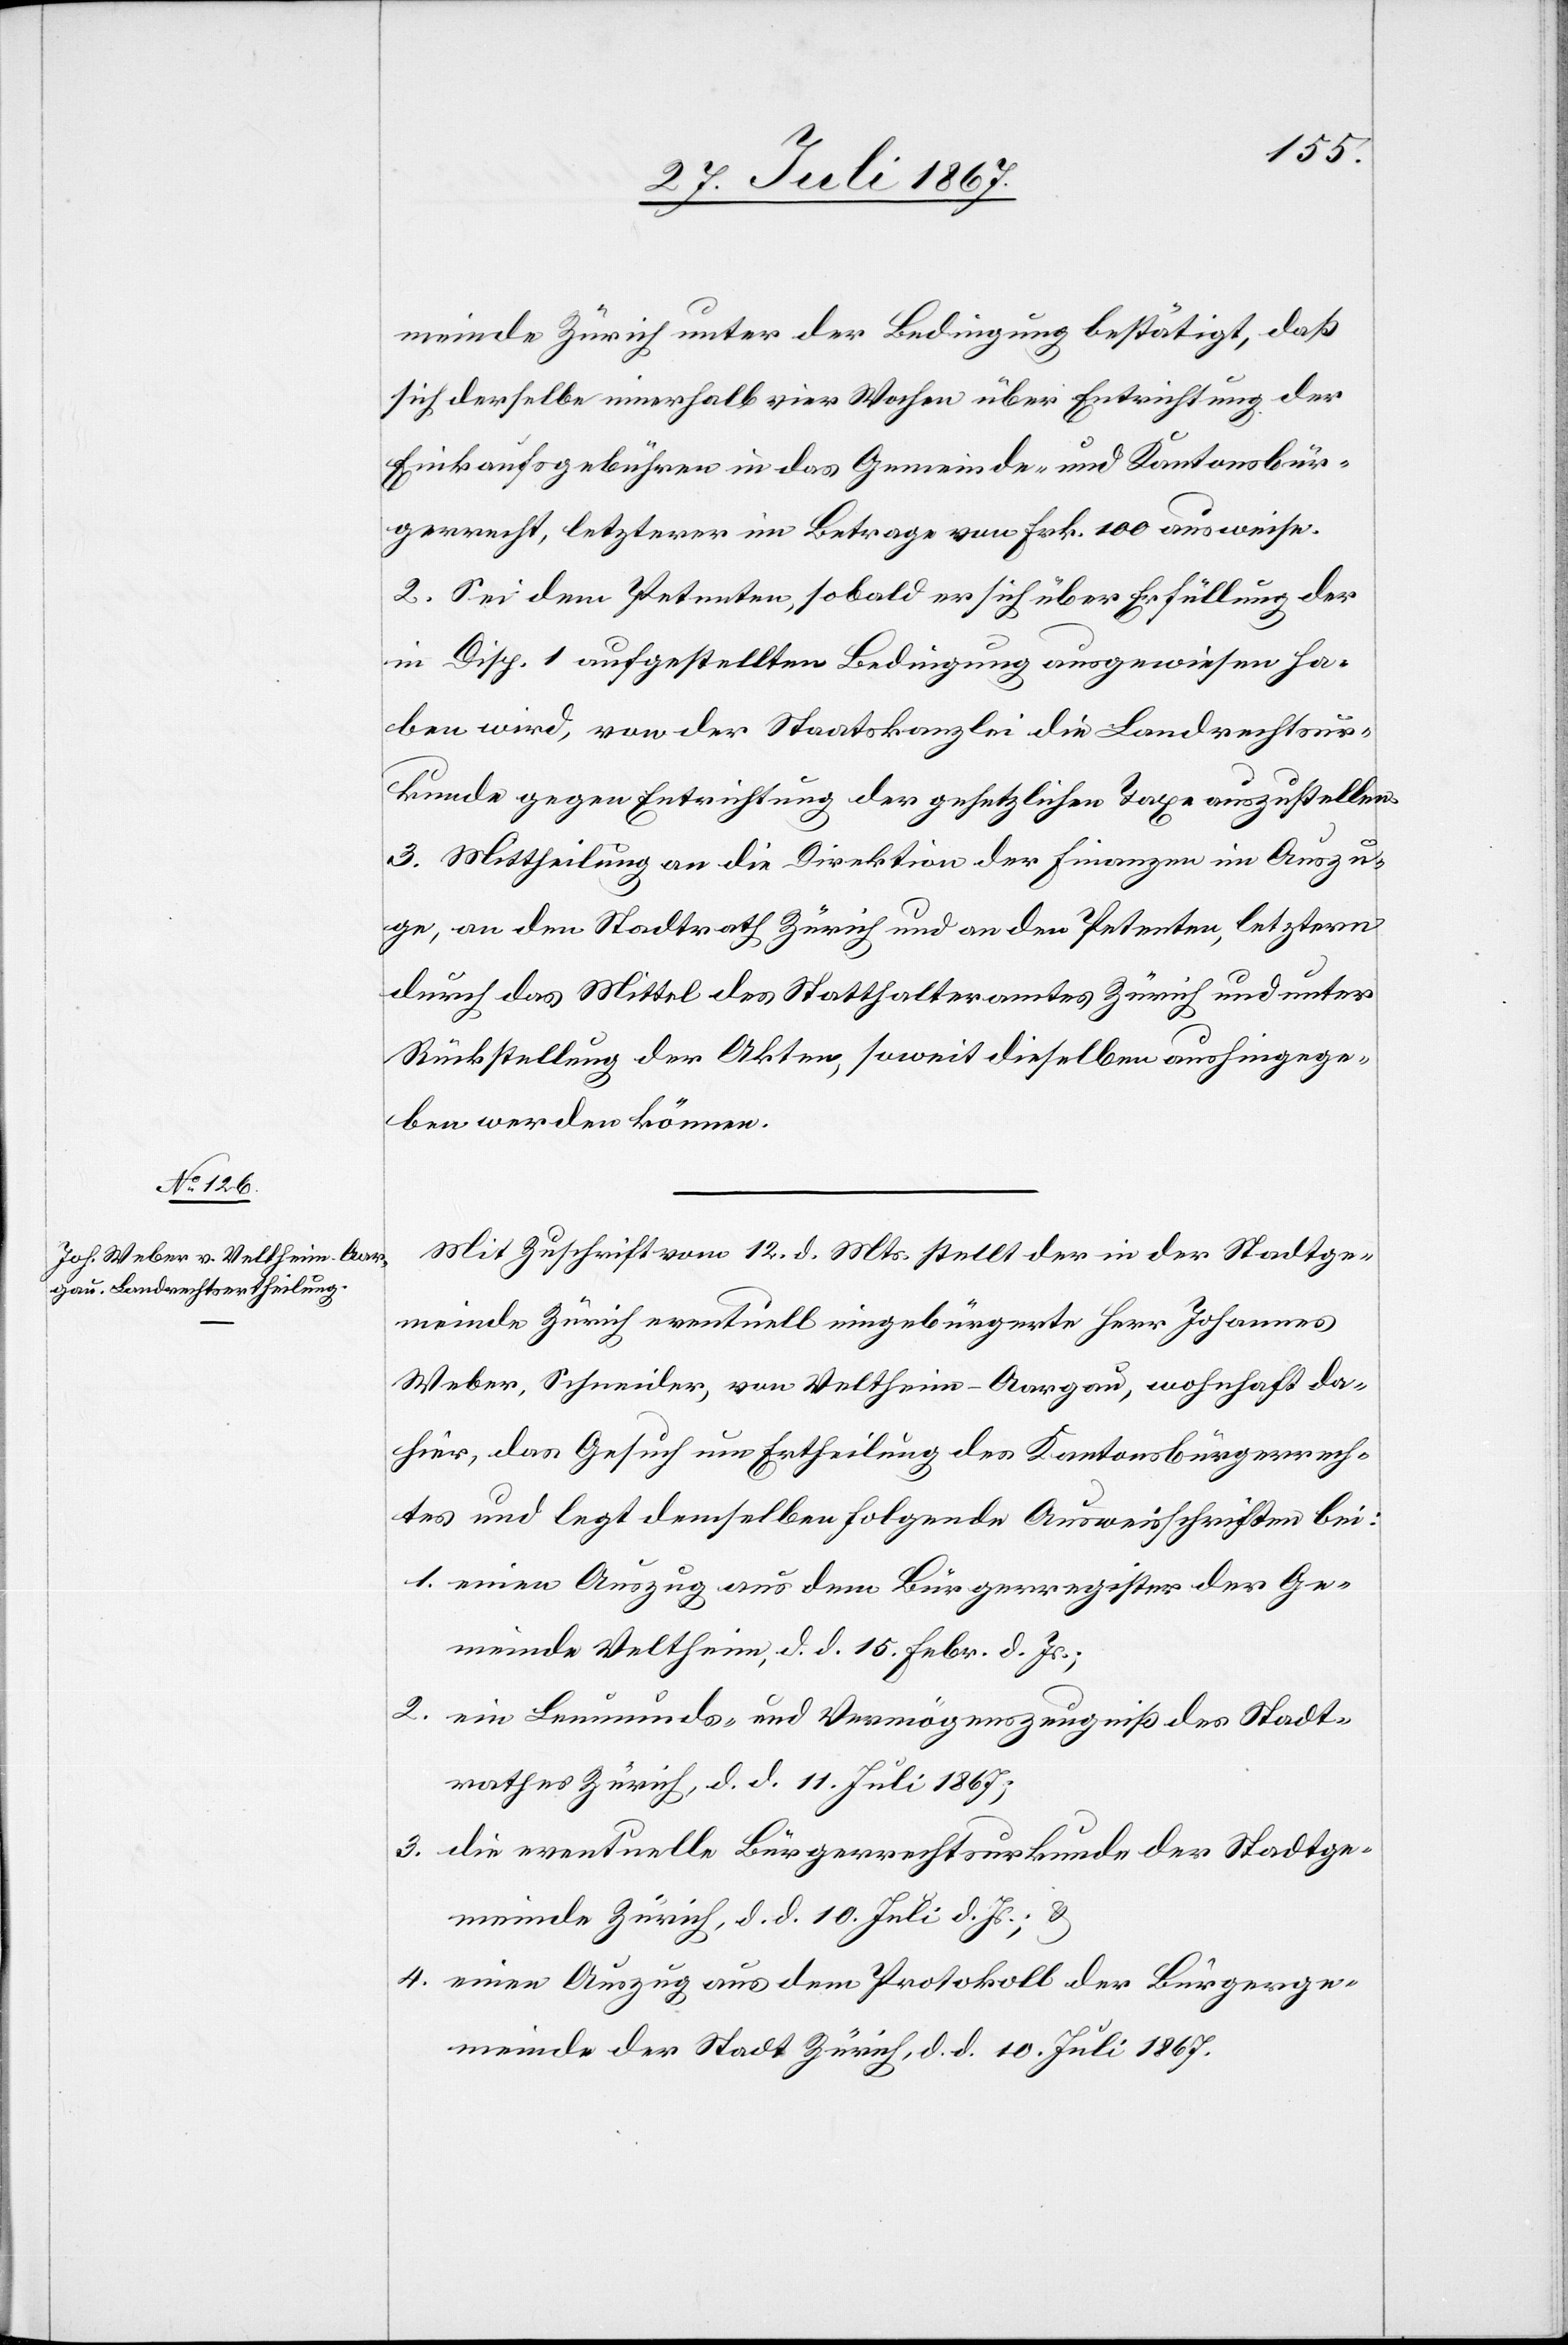
meinde Zürich unter der Bedingung bestätigt, daß
sich derselbe innerhalb vier Wochen über Entrichtung der
Einkaufsgebühren in das Gemeinde und Kantonsbür¬
gerrecht, letztere im Betrage von Frk. 100 ausweise.
2. Sei dem Petenten, sobald er sich über Erfüllung der
in Disp. 1 aufgestellten Bedingung ausgewiesen ha¬
ben wird, von der Staatskanzlei die Landrechtsur¬
kunde gegen Entrichtung der gesetzlichen Taxe auszustellen.
3. Mittheilung an die Direktion der Finanzen im Auszu¬
ge, an den Stadtrath Zürich und an den Petenten, letztern
durch das Mittel des Statthalteramtes Zürich und unter
Rückstellung der Akten, soweit dieselben aushingege¬
ben werden können.
Mit Zuschrift vom 12. d. Mts. stellt der in der Stadtge¬
meinde Zürich eventuell eingebürgerte Herr Johannes
Weber, Schneider, von Veltheim-Aargau, wohnhaft da¬
hier, das Gesuch um Ertheilung des Kantonsbürgerrech¬
tes und legt demselben folgende Ausweisschriften bei:
1. einen Auszug aus dem Bürgerregister der Ge¬
meinde Veltheim, d. d. 15. Febr. d. Js.;
2. ein Leumunds- und Vermögenszeugniß der Stadtge¬
3. die eventuelle Bürgerrechtsurkunde der Stadtge¬
meinde Zürich, d. d. 10. Juli d. Js.; u.
4. einen Auszug aus dem Protokoll der Bürgerge¬
meinde der Stadt Zürich, d. d. 10. Juli 1867.